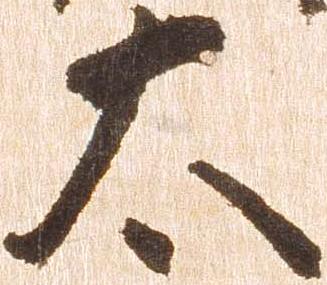
太